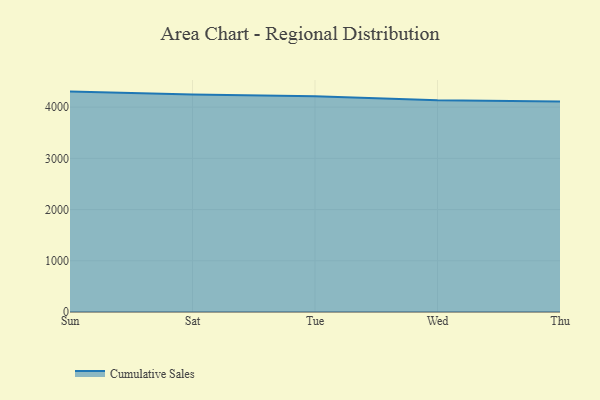
{"axis": {"x": "Day", "y": "Gross Profit (USD K)"}, "legend": ["Cumulative Sales"], "data": [{"x": "Sun", "y": 4303.4, "type": "Cumulative Sales"}, {"x": "Sat", "y": 4244.5, "type": "Cumulative Sales"}, {"x": "Tue", "y": 4211.8, "type": "Cumulative Sales"}, {"x": "Wed", "y": 4134.2, "type": "Cumulative Sales"}, {"x": "Thu", "y": 4110.3, "type": "Cumulative Sales"}]}